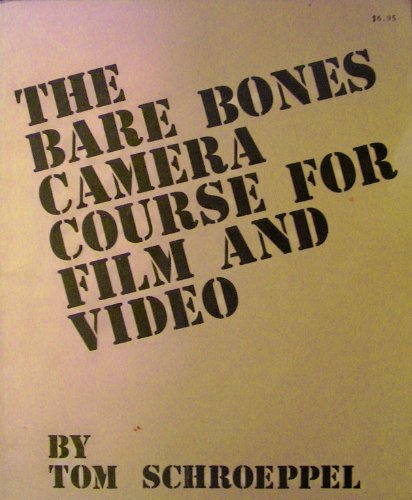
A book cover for The Bare Bones Camera Course for Film and Video; Tom Schroeppel; Arts & Photography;